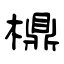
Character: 檙